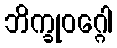
ဘိက္ခုဝဂ္ဂေါ